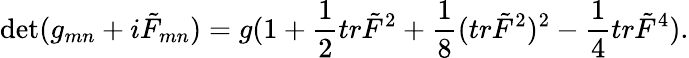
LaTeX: \operatorname*{det}(g_{mn}+i\tilde{F}_{mn})=g(1+{\frac{1}{2}}tr\tilde{F}^{2}+{\frac{1}{8}}(tr\tilde{F}^{2})^{2}-{\frac{1}{4}}tr\tilde{F}^{4}).